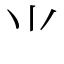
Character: ⺌